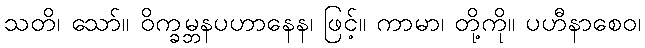
သတိ၊ သော်။ ဝိက္ခမ္ဘနပဟာနေန၊ ဖြင့်။ ကာမာ၊ တို့ကို။ ပဟီနာစေဝ၊